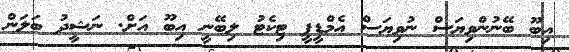
އިބޫ ބޭނުންވިޔަސް ނުވިޔަސް އެމްޑީޕީ ޓިކެޓު ލިބޭނީ އިބޫ އަށް. ނަޝީދު ބަލަން